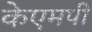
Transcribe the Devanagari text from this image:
केएमपी